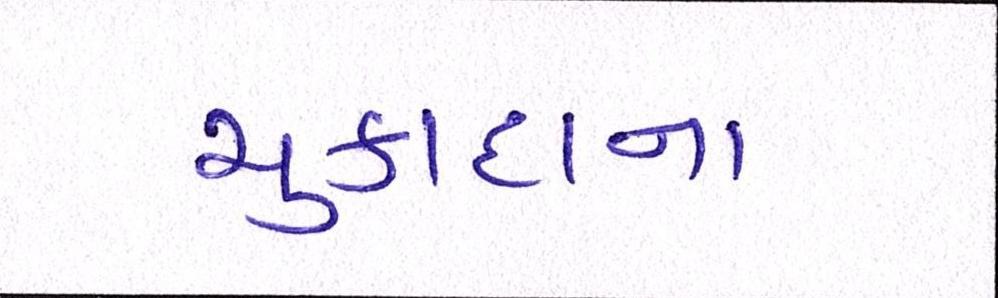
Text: ચુકાદાના